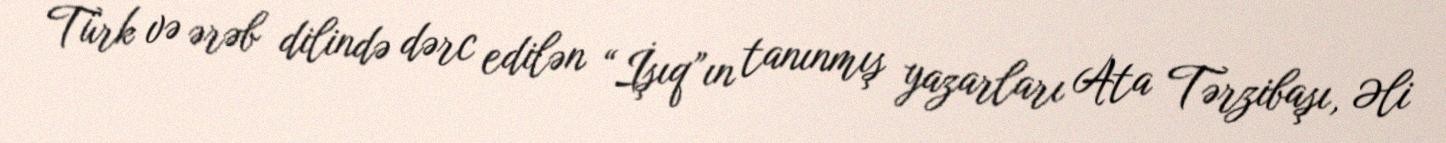
Türk və ərəb dilində dərc edilən “İşıq”ın tanınmış yazarları Ata Tərzibaşı, Əli